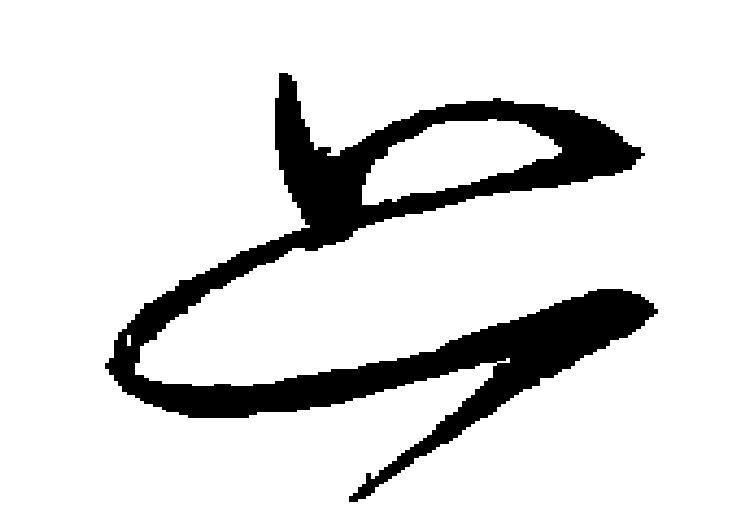
上